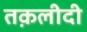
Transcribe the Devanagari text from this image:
तक़लीदी